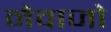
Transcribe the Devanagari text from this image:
नेवाजो